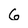
Character: 6